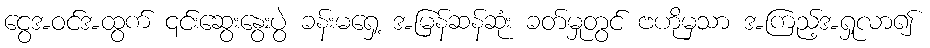
ငွေအဝင်အထွက် ၎င်းဆွေးနွေးပွဲ ခန်းမရှေ့ အမြန်ဆန်ဆုံး ခတ်မှုတွင် ဗဟိုမှသာ အကြည့်အရှုလာ၍